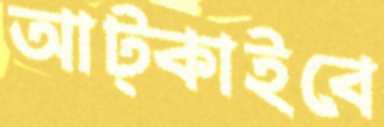
আট্‌কাইবে